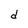
Character: d